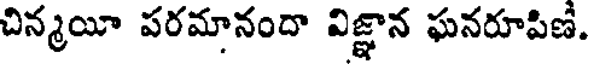
చిన్మయీ పరమానందా విజ్ఞాన ఘనరూపిణ.